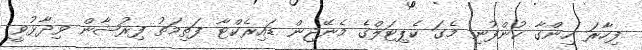
ފިހާރަ ހިންގާ ކުންފުނި މެގަ ކެޕިޓަލްގެ މެނޭޖިން ޑައިރެކްޓާ ފަތިމަތު ފިރުޝާން ވިދާޅުވީ